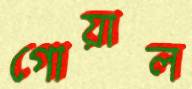
গোয়াল